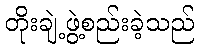
တိုးချဲ့ဖွဲ့စည်းခဲ့သည်